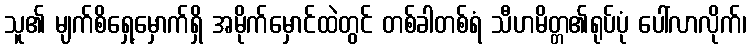
သူ၏ မျက်စိရှေ့မှောက်ရှိ အမိုက်မှောင်ထဲတွင် တစ်ခါတစ်ရံ သီဟမိတ္တ၏ရုပ်ပုံ ပေါ်လာလိုက်၊